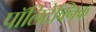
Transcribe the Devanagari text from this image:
पॉलिटेक्‍निक